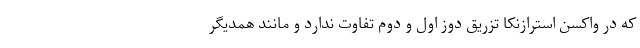
که در واکسن استرازنکا تزریق دوز اول و دوم تفاوت ندارد و مانند همدیگر